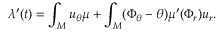
\lambda ^ { \prime } ( t ) = \int _ { M } u _ { \theta } \mu + \int _ { M } ( \Phi _ { \theta } - \theta ) \mu ^ { \prime } ( \Phi _ { r } ) u _ { r } .